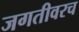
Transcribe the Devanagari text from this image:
जगतीवरच